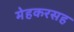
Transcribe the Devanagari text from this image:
मेहकरसह